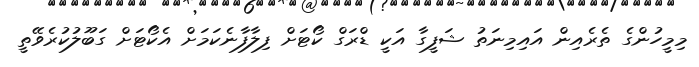
މިމީހުންގެ ތެރެއިން އައިމިނަތު ޝަފީގާ އަކީ ޑްރަގް ކޯޓަށް ފިލާފާނެކަމަށް އެކޯޓަށް ގަބޫލުކުރެވޭތީ